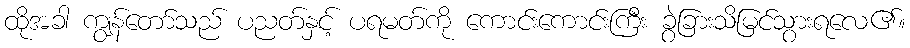
ထိုအခါ ကျွန်တော်သည် ပညတ်နှင့် ပရမတ်ကို ကောင်းကောင်းကြီး ခွဲခြားသိမြင်သွားရလေ၏။